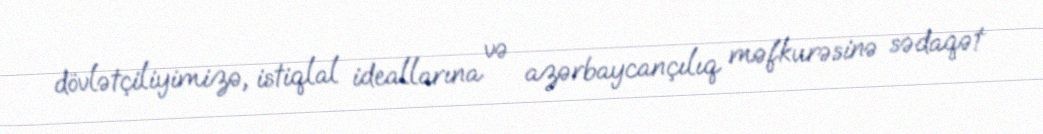
dövlətçiliyimizə, istiqlal ideallarına və azərbaycançılıq məfkurəsinə sədaqət